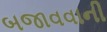
બજાવવાની